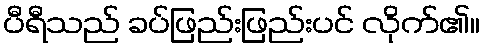
ပီရီသည် ခပ်ဖြည်းဖြည်းပင် လိုက်၏။